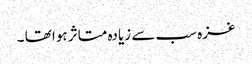
غزہ سب سے زیادہ متاثر ہوا تھا ۔